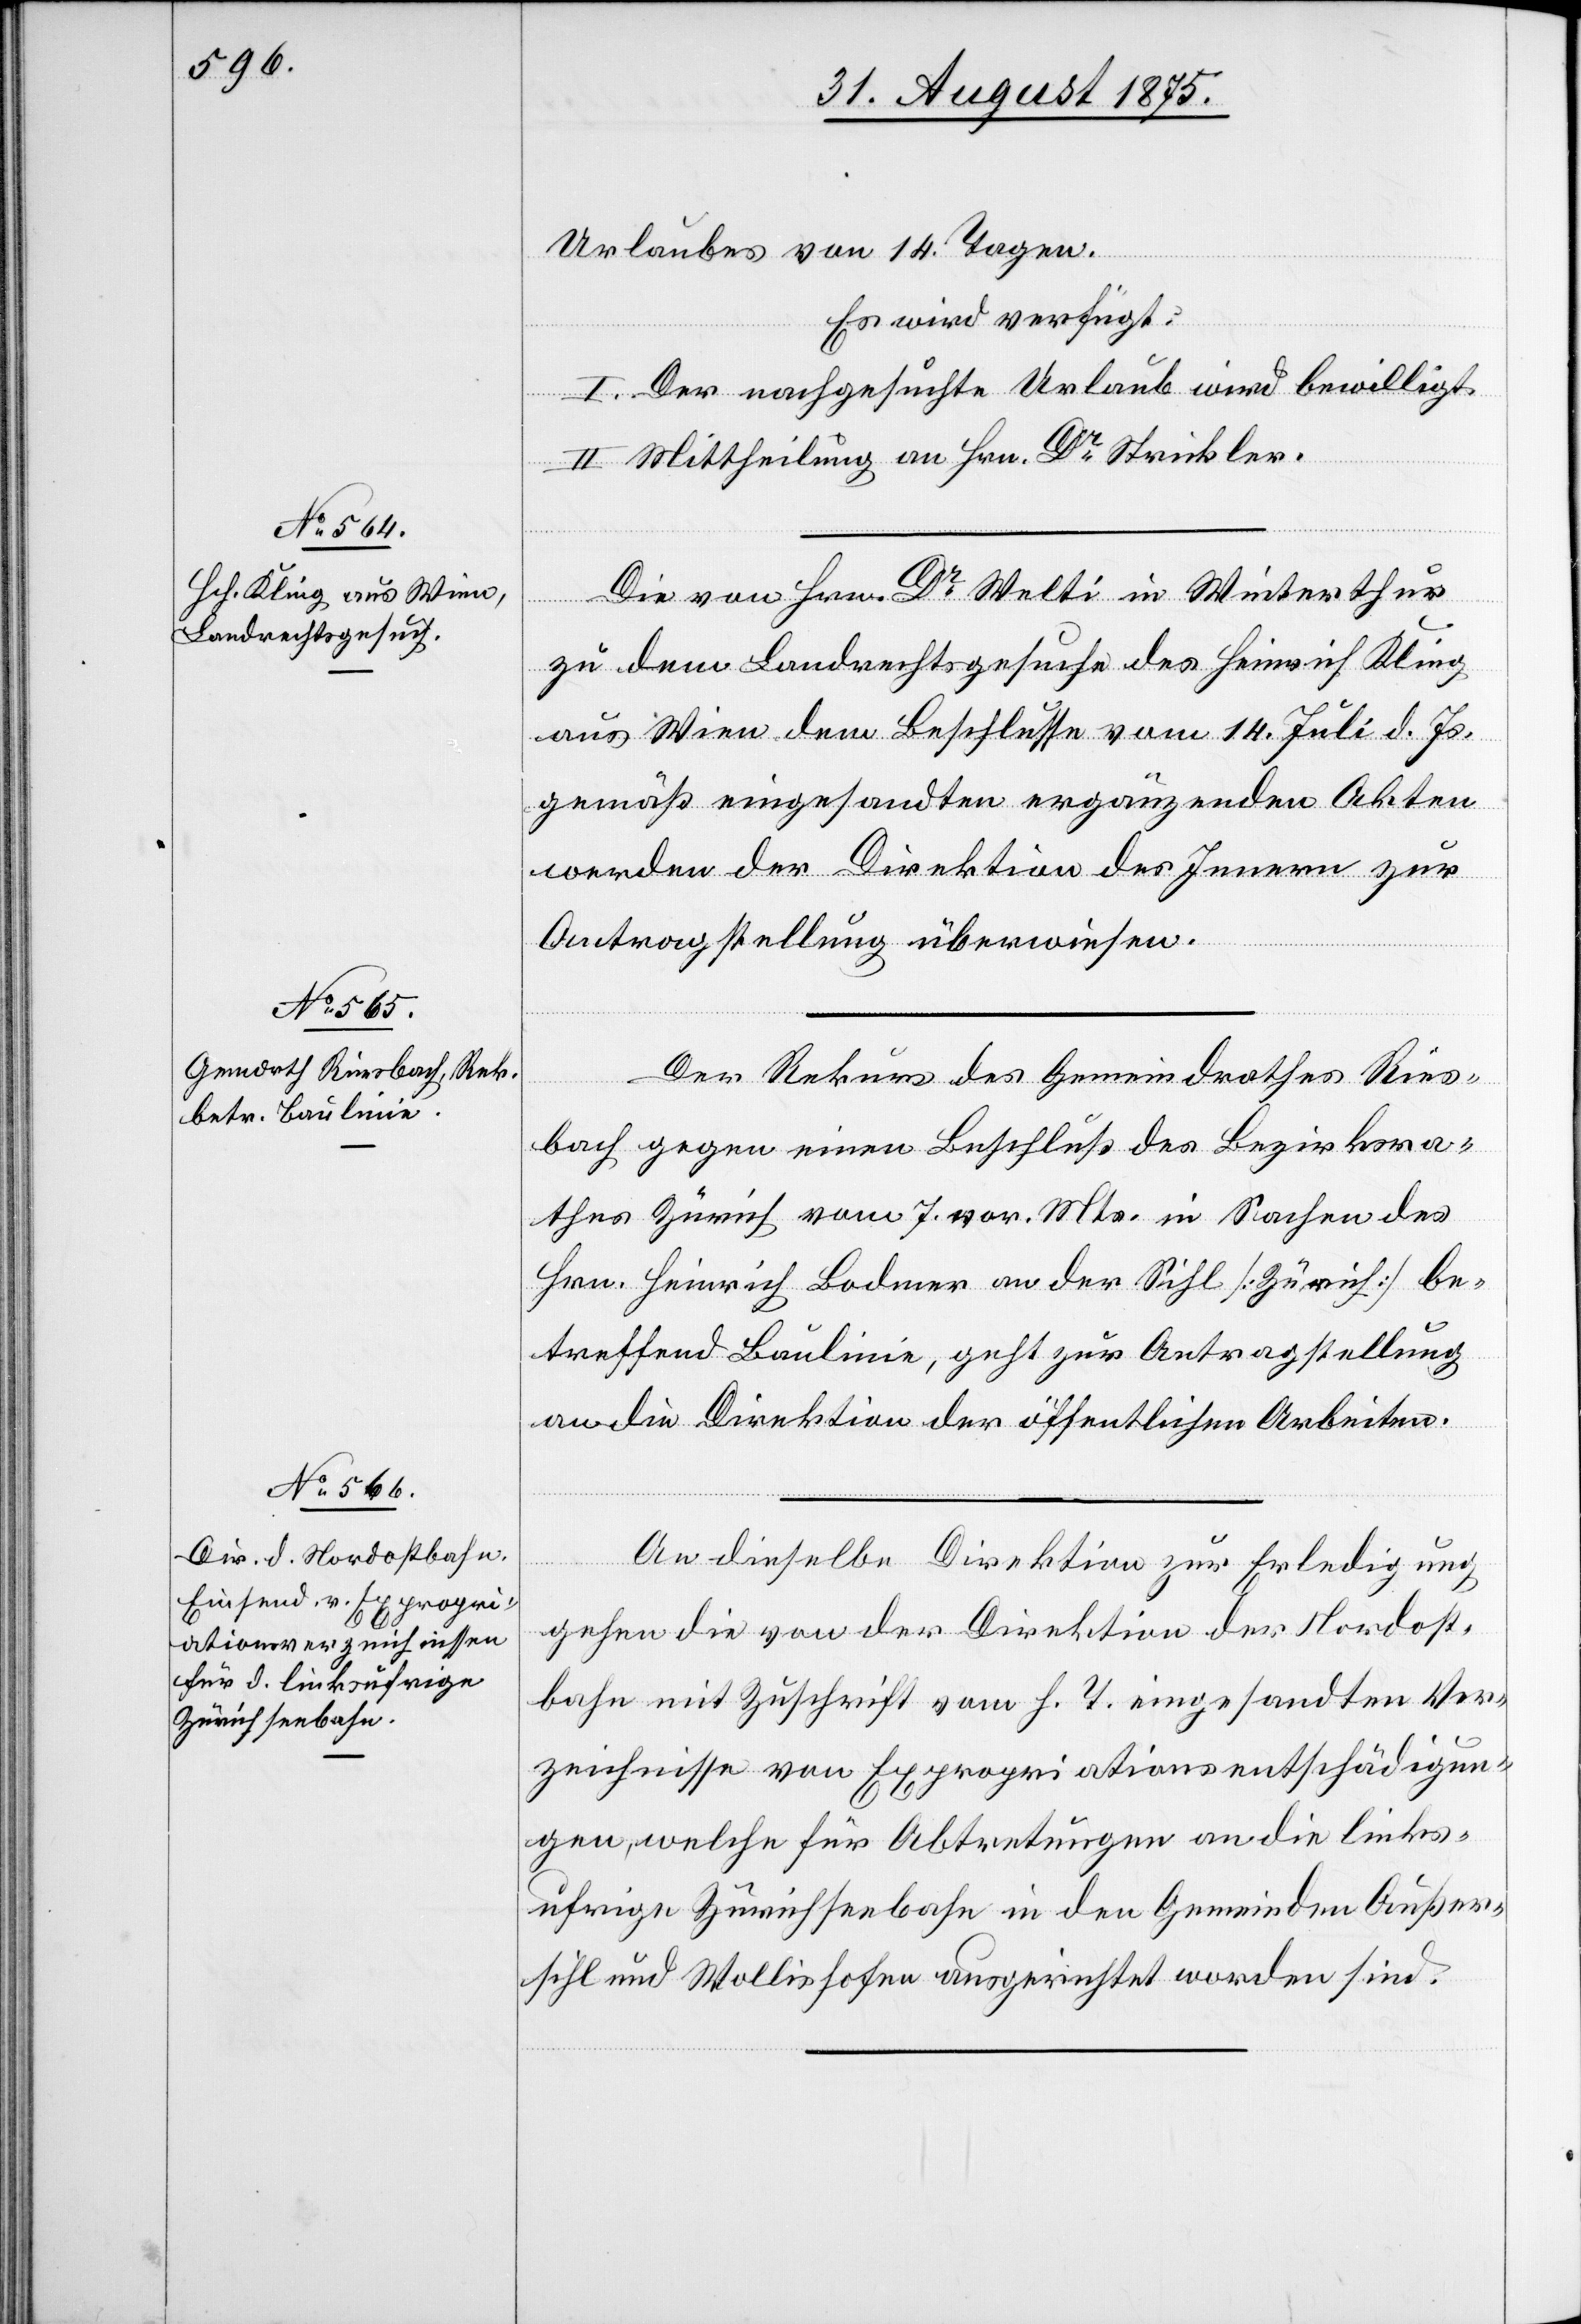
Urlaubes von 14. Tagen.
Es wird verfügt:
I. Der nachgesuchte Urlaub wird bewilligt.
II. Mittheilung an Hrn. Dr Strickler.
Die von Hrn. Dr Welti in Winterthur
zu dem Landrechtsgesuche des Heinrich Kling
aus Wien dem Beschlusse vom 14. Juli d. Js.
gemäß eingesandten ergänzenden Akten
werden der Direktion des Innern zur
Antragstellung überwiesen.
Der Rekurs des Gemeindrathes Ries¬
bach gegen einen Beschluß des Bezirksra¬
thes Zürich vom 7. vor. Mts. in Sachen des
Hrn. Heinrich Bodmer an der Sihl [Zürich] be¬
treffend Baulinie, geht zur Antragstellung
an die Direktion der öffentlichen Arbeiten.
ber
An dieselbe Direktion zur Erledigung
gehen die von der Direktion der Nordost¬
bahn mit Zuschrift vom h. T. eingesandten Ver¬
zeichnisse von Expropriationsentschädigun¬
gen, welche für Abtretungen an die links¬
ufrige Zürichseebahn in den Gemeinden Außer¬
sihl und Wollishofen ausgerichtet worden sind.